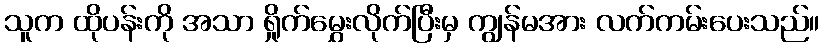
သူက ထိုပန်းကို အသာ ရှိုက်မွှေးလိုက်ပြီးမှ ကျွန်မအား လက်ကမ်းပေးသည်။